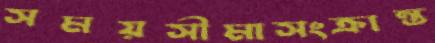
সময়সীমাসংক্রান্ত